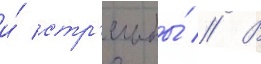
и́ стр'ельбы́ // В